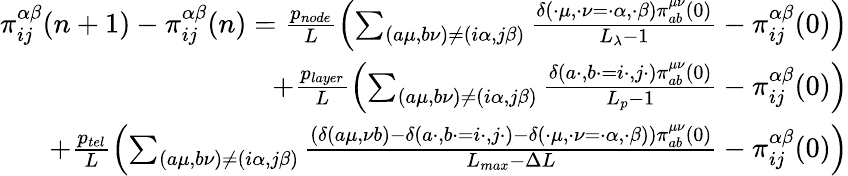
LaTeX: \begin{array}{r}{\pi_{ij}^{\alpha\beta}(n+1)-\pi_{ij}^{\alpha\beta}(n)=\frac{p_{node}}{L}\left(\sum_{(a\mu,b\nu)\neq(i\alpha,j\beta)}\frac{\delta(\cdot\mu,\cdot\nu=\cdot\alpha,\cdot\beta)\pi_{ab}^{\mu\nu}(0)}{L_{\lambda}-1}-\pi_{ij}^{\alpha\beta}(0)\right)}\\ {+\frac{p_{layer}}{L}\left(\sum_{(a\mu,b\nu)\neq(i\alpha,j\beta)}\frac{\delta(a\cdot,b\cdot=i\cdot,j\cdot)\pi_{ab}^{\mu\nu}(0)}{L_{p}-1}-\pi_{ij}^{\alpha\beta}(0)\right)}\\ {+\frac{p_{tel}}{L}\left(\sum_{(a\mu,b\nu)\neq(i\alpha,j\beta)}\frac{\left(\delta(a\mu,\nu b)-\delta(a\cdot,b\cdot=i\cdot,j\cdot)-\delta(\cdot\mu,\cdot\nu=\cdot\alpha,\cdot\beta)\right)\pi_{ab}^{\mu\nu}(0)}{L_{max}-\Delta L}-\pi_{ij}^{\alpha\beta}(0)\right)}\end{array}